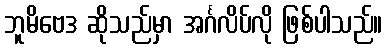
ဘူမိဗေဒ ဆိုသည်မှာ အင်္ဂလိပ်လို ဖြစ်ပါသည်။